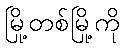
မြို့တစ်မြို့ကို